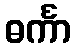
ဓင်္ကာ